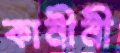
কানীনী